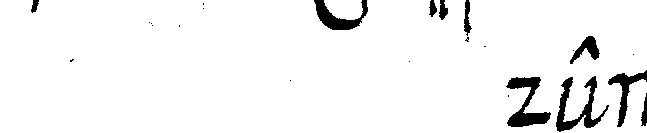
# denn